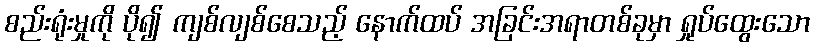
စည်းရုံးမှုကို ပို၍ ကျစ်လျစ်စေသည့် နောက်ထပ် အခြင်းအရာတစ်ခုမှာ ရှုပ်ထွေးသော